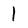
Character: 1